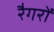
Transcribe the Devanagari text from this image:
रैगरों